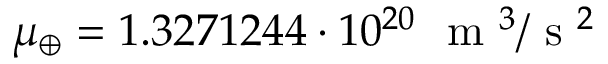
\mu _ { \oplus } = 1 . 3 2 7 1 2 4 4 \cdot 1 0 ^ { 2 0 } ~ \textup { m } ^ { 3 } / \mathrm { ~ s ~ } ^ { 2 }